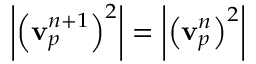
\left| \left( \mathbf { v } _ { p } ^ { n + 1 } \right) ^ { 2 } \right| = \left| \left( \mathbf { v } _ { p } ^ { n } \right) ^ { 2 } \right|